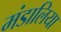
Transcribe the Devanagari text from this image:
मंडालिया